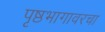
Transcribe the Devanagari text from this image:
पृष्ठभागावरचा